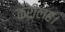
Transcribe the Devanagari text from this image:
करीलह।